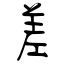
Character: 差